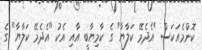
ކޮންމެއަކަސް "އެދެމޭ ކަލާޔާ" ގެ ކާމިޔާބީ އާއި އެކު "އެދެމޭ ކަލާޔާ" ގެ